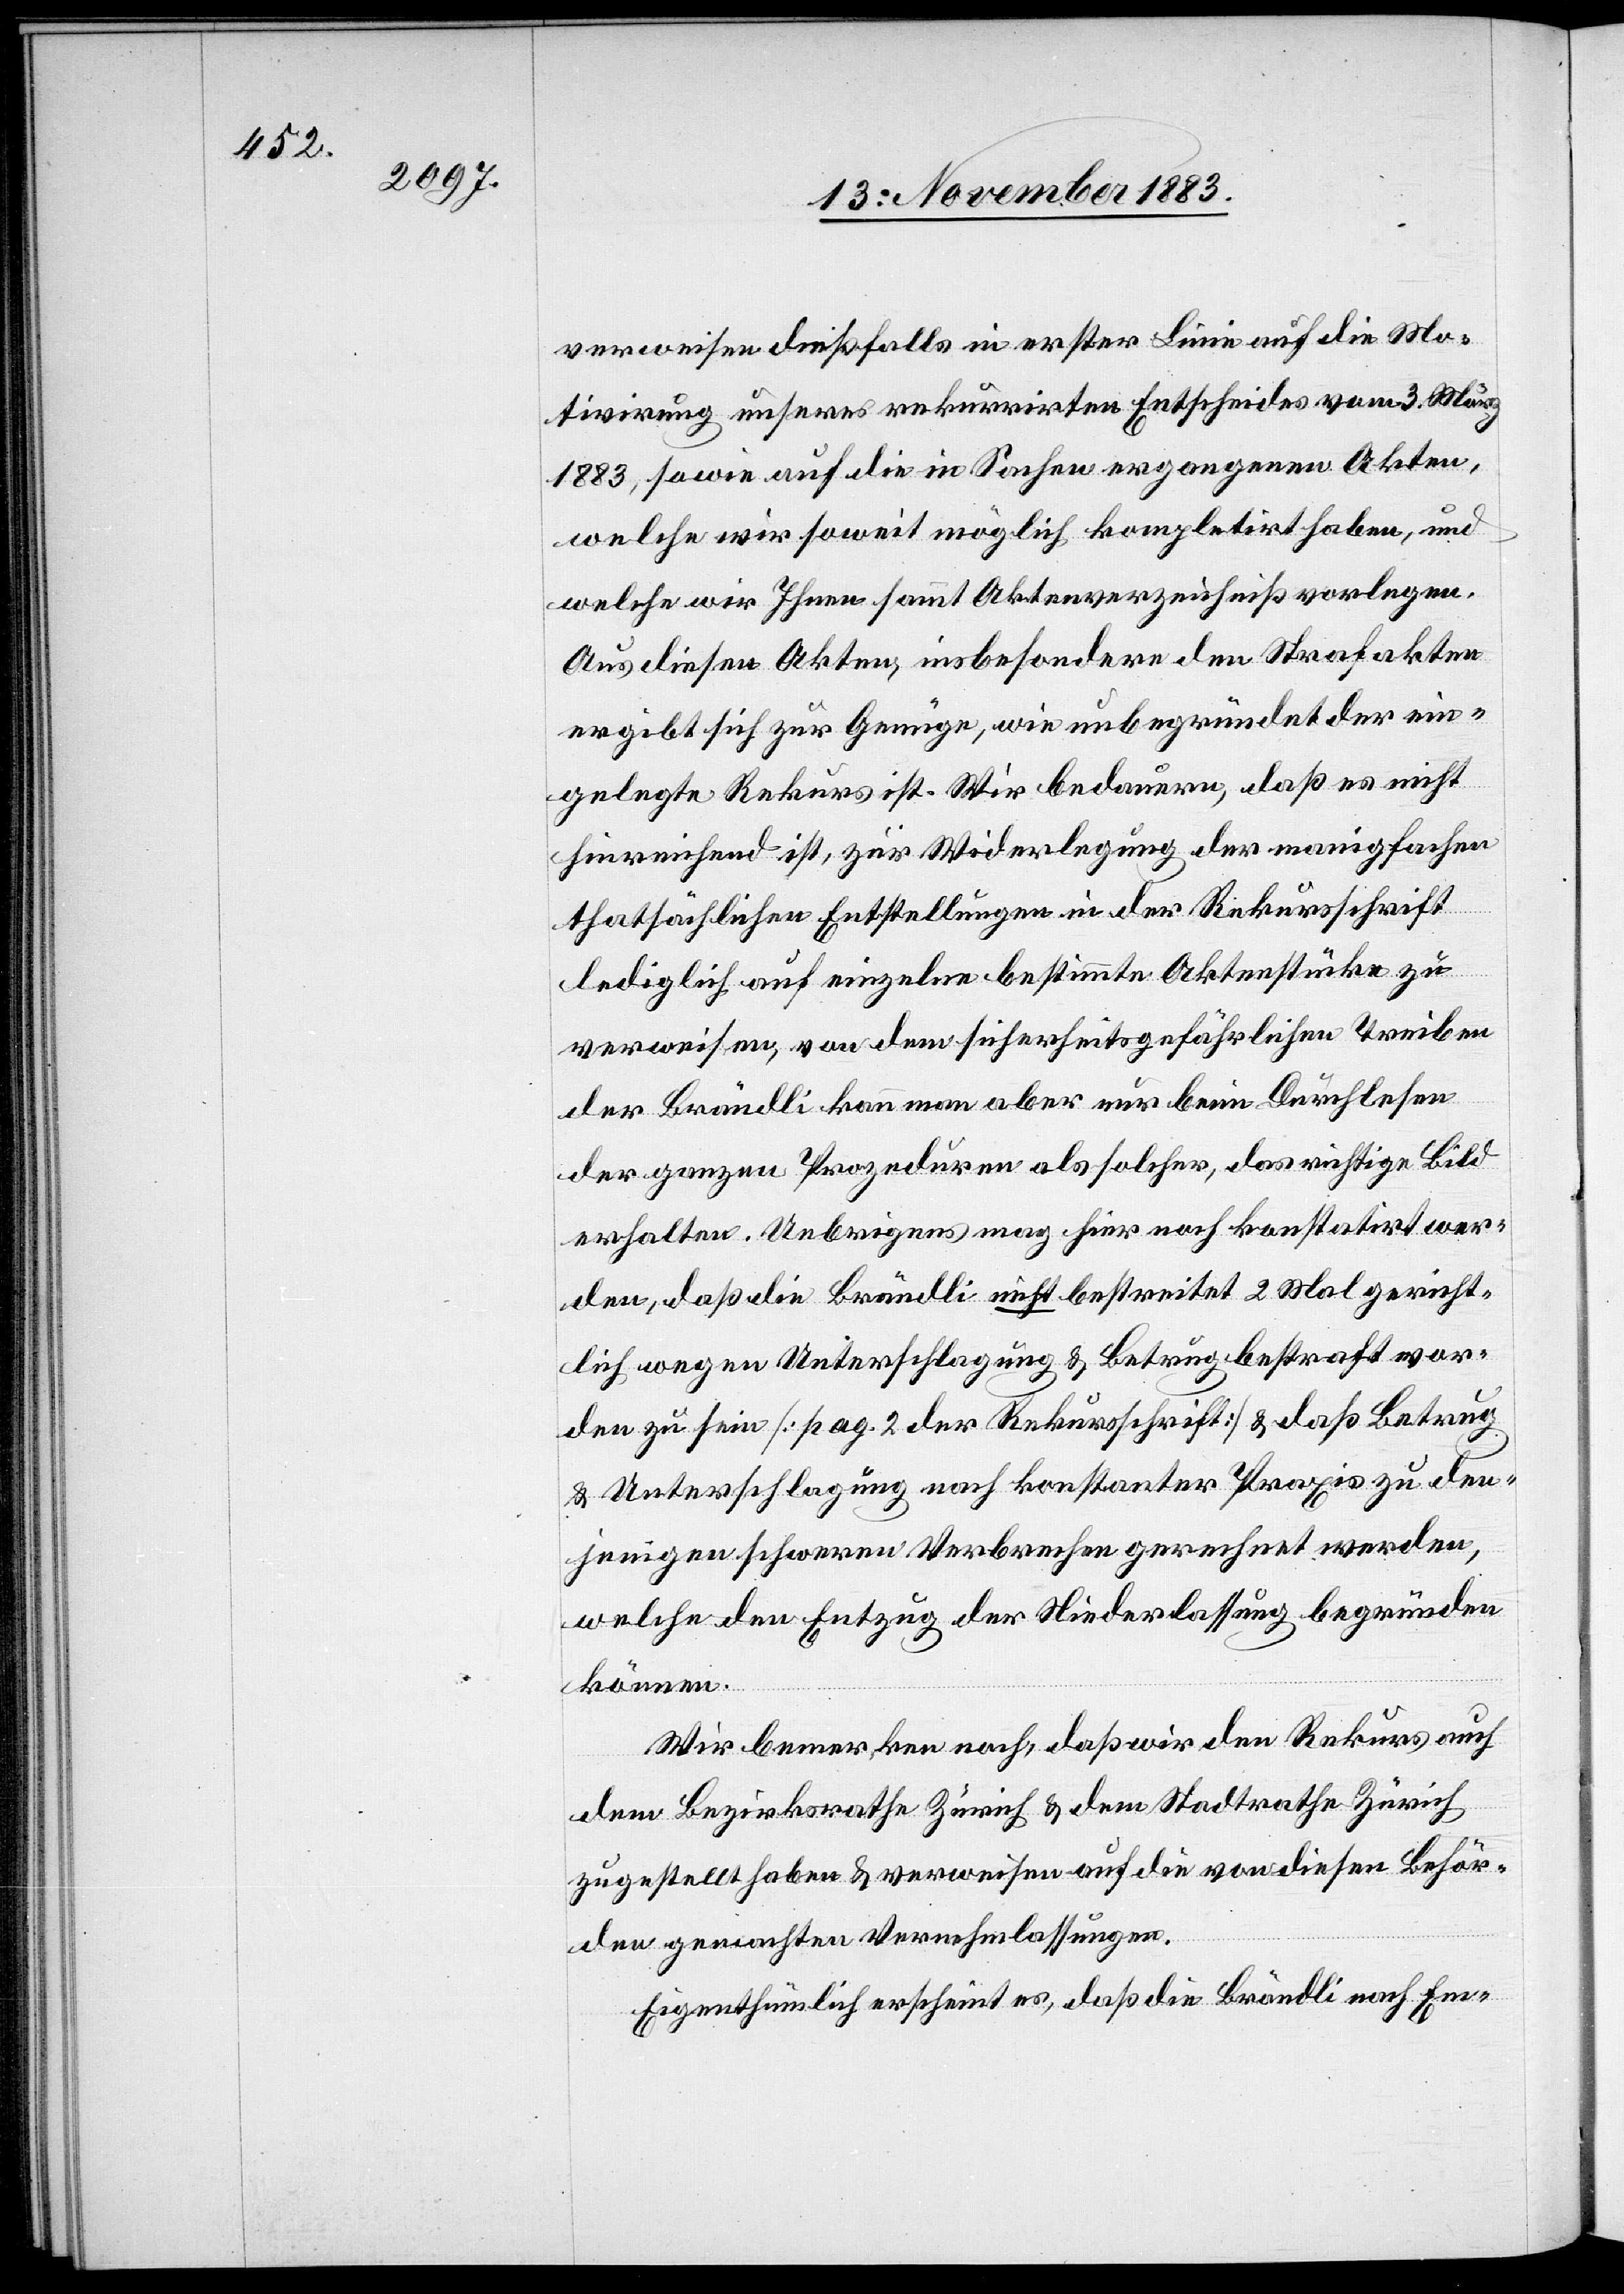
verweisen dießfalls in erster Linie auf die Mo¬
tivirung unseres rekurrirten Entscheides vom 3. März
1883, sowie auf die in Sachen ergangenen Akten,
welche wir soweit möglich kompletirt haben, und
welche wir Ihnen sammt Aktenverzeichniß vorlegen.
Aus diesen Akten, insbesondere den Strafakten
ergibt sich zur Genüge, wie unbegründet der ein¬
gelegte Rekurs ist. Wir bedauern, daß es nicht
hinreichend ist, zur Widerlegung der manigfachen
thatsächlichen Entstellungen in der Rekursschrift
lediglich auf einzelne bestimmte Aktenstücke zu
verweisen, von dem sicherheitsgefährlichen Treiben
der Brändli kann man aber nur beim Durchlesen
der ganzen Prozeduren als solcher, das richtige Bild
erhalten. Uebrigens mag hier noch konstatirt wer¬
den, daß die Brändli nicht bestreitet 2 Mal gericht¬
lich wegen Unterschlagung & Betrug bestraft wor¬
den zu sein [pag. 2 der Rekursschrift] & daß Betrug
& Unterschlagung nach konstanter Praxis zu den¬
jenigen schweren Verbrechen gerechnet werden,
welche den Entzug der Niederlassung begründen
können.
Wir bemerken noch, daß wir den Rekurs auch
dem Bezirksrathe Zürich & dem Stadtrathe Zürich
zugestellt haben & verweisen auf die von diesen Behör¬
den gemachten Vernehmlassungen.
Eigenthümlich erscheint es daß die Brändli nach Em-